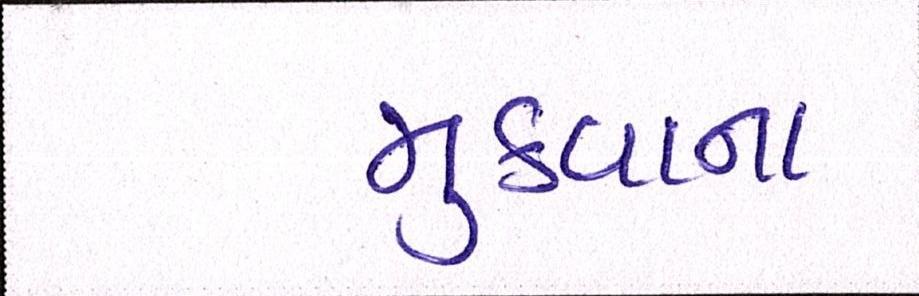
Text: મુકવાના